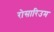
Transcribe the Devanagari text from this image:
रोसारिउम